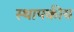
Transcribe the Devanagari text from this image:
स्थापकीय